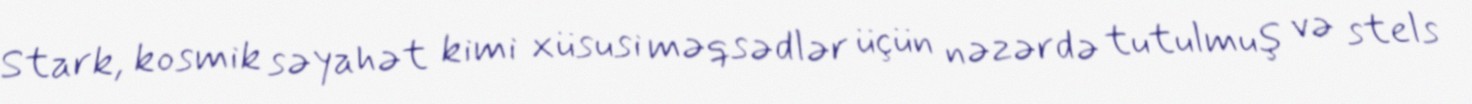
Stark, kosmik səyahət kimi xüsusi məqsədlər üçün nəzərdə tutulmuş və stels